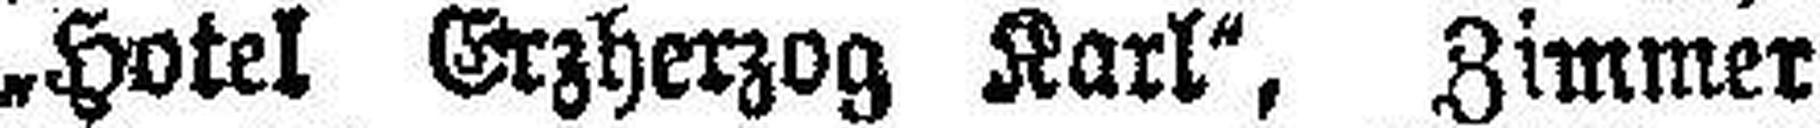
„Hotel Erzherzog Karl“, Zimmer